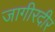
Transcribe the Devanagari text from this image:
जागीरदीर